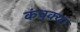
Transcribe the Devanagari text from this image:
कंचुक्या